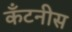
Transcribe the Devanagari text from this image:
कॅंटनीस